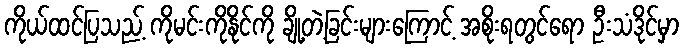
ကိုယ်ထင်ပြသည့် ကိုမင်းကိုနိုင်ကို ချို့တဲ့ခြင်းများကြောင့် အစိုးရတွင်ရော ဦးသံဒိုင်မှာ